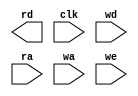
`timescale 1ns / 1ps
//////////////////////////////////////////////////////////////////////////////////
// Company: 
// 
// Design Name: Dual Port Ram
// Module Name: Dual_Port_Ram
// Project Name: 
// Target Devices: 
// Tool Versions: Vivado 2021.2
// Description: 
// 
// Dependencies: 
// 
// Revision:
// Revision 0.01 - File Created
// Additional Comments:
// 
//////////////////////////////////////////////////////////////////////////////////


module Dual_Port_Ram #(parameter MSB = 8, parameter addrsize = 8)(
    rd,
    clk,
    wd,
    ra,
    wa,
    we,
    );
    
    localparam depth = 1 << addrsize;
    
    output reg [MSB-1:0]rd;
    input clk;
    input [MSB-1:0]wd;
    input [addrsize-1:0]ra;
    input [addrsize-1:0]wa;
    input we;
    
    reg [MSB-1:0] ram [0:depth-1];
    
    always@(posedge clk)
    begin
        if(we)
            ram[wa] <= wd;
    end
endmodule